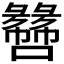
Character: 𫬫